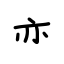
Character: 亦